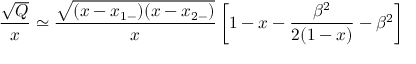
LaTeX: { \frac { \sqrt { Q } } { x } } \simeq { \frac { \sqrt { ( x - x _ { 1 - } ) ( x - x _ { 2 - } ) } } { x } } \left[ 1 - x - { \frac { \beta ^ { 2 } } { 2 ( 1 - x ) } } - \beta ^ { 2 } \right]